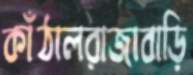
কাঁঠালরাজাবাড়ি